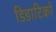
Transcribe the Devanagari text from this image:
डिडाटिको